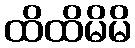
ထိထိမိမိ